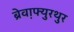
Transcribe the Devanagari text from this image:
ब्रेव़ाफ्युरथुर